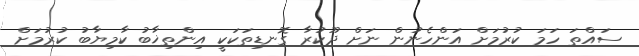
ސައްތަ ހަމަ ކުރުމަށް އަންހެނުން ނަށް ދޫކުރާ ގޮނޑިތަކަކީ އިންތިޚާބު ކާމިޔާބު ކުރުމަށް